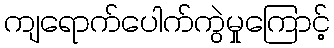
ကျရောက်ပေါက်ကွဲမှုကြောင့်